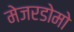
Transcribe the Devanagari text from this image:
मेजरडोमो